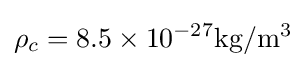
\rho _{c}=8.5\times 10^{-27}\mathrm {kg/m^{3}}